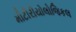
મીટીરીયોલોજિકલ